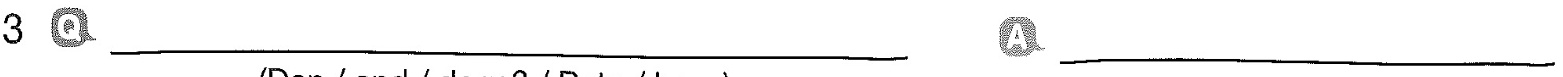
3 Q___ A___